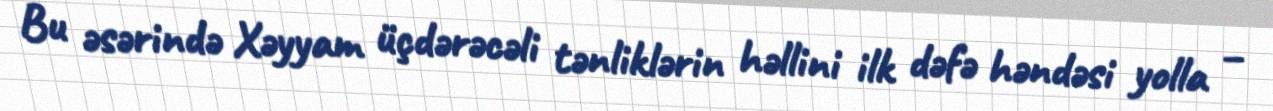
Bu əsərində Xəyyam üçdərəcəli tənliklərin həllini ilk dəfə həndəsi yolla –